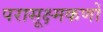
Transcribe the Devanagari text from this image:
परासूक्ष्मकणों